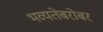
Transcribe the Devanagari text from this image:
भव्यतेबरोबर